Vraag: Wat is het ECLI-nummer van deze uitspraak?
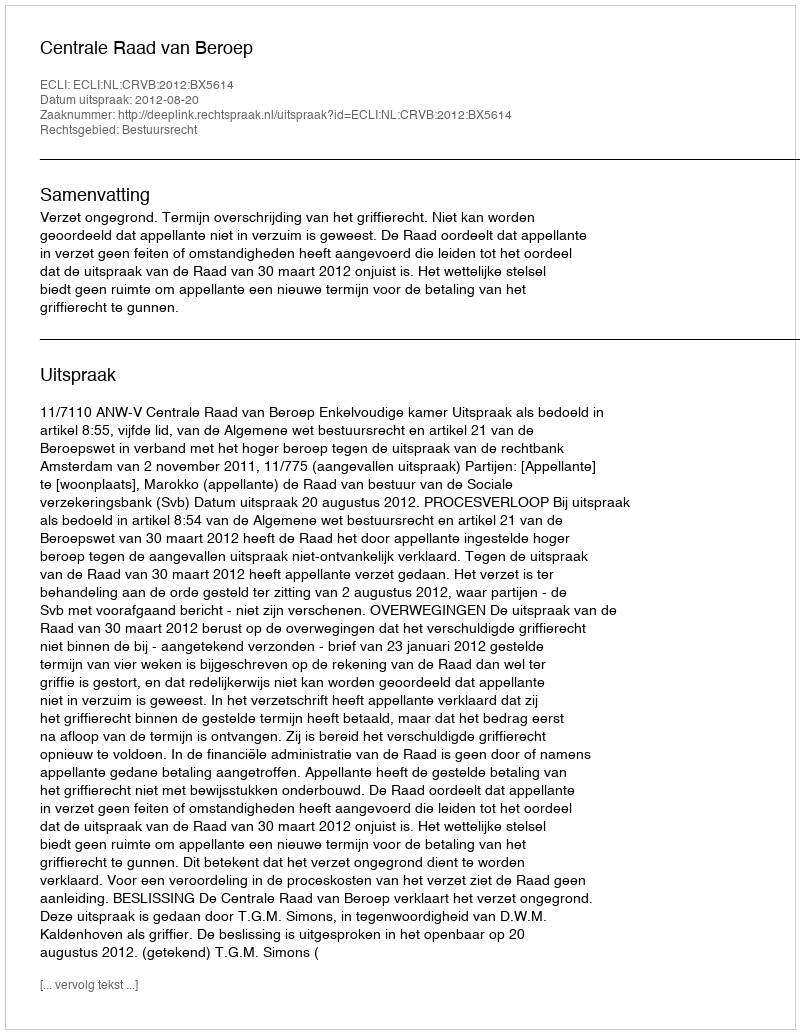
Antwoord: ECLI:NL:CRVB:2012:BX5614